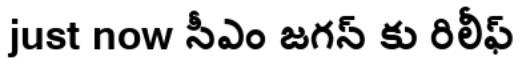
just now సీఎం జగన్ కు రిలీఫ్